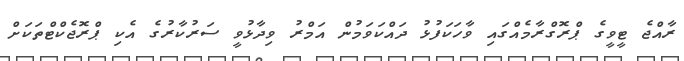
ރާއްޖެ ޓީވީގެ ޕްރޮގްރާމެއްގައި ވާހަކަފުޅު ދައްކަވަމުން އަމްރު ވިދާޅުވީ ސަރުކާރުގެ އެކި ޕްރޮޖެކްޓްތަކަށް